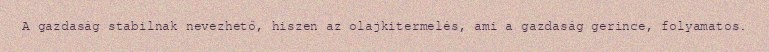
A gazdaság stabilnak nevezhető, hiszen az olajkitermelés, ami a gazdaság gerince, folyamatos.